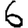
Digit: 6